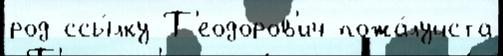
род ссы́лку Т'еодоров'ич пожа́луйста